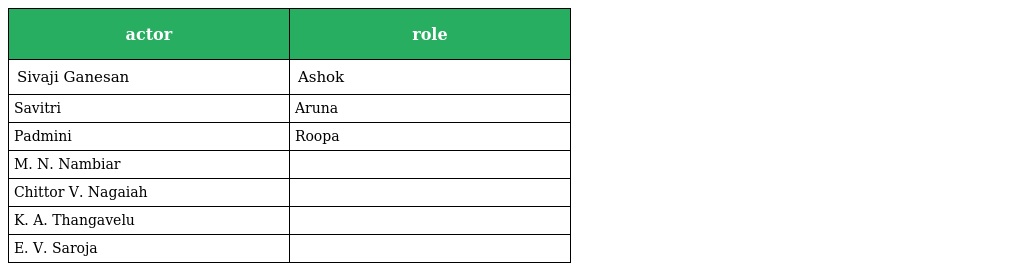
| actor | role |
 | --- | --- |
 | Sivaji Ganesan | Ashok |
 | Savitri | Aruna |
 | Padmini | Roopa |
 | M. N. Nambiar |  |
 | Chittor V. Nagaiah |  |
 | K. A. Thangavelu |  |
 | E. V. Saroja |  |